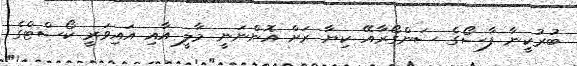
ބުރުކީނާ ފާސޯގެ ސަންގޯރާއޭ ކިޔާ ރަށް އޮންނަނީ މާލީ އާއި އައިވަރީ ކޯސްޓްގެ